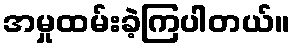
အမှုထမ်းခဲ့ကြပါတယ်။